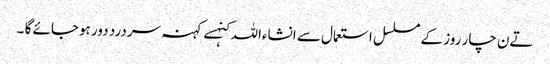
تےن چار روز کے مسلسل استعمال سے انشاءاللہ کنہسے کہنہ سردرد دور ہوجائے گا ۔